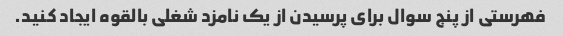
فهرستی از پنج سوال برای پرسیدن از یک نامزد شغلی بالقوه ایجاد کنید.